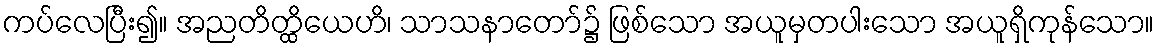
ကပ်လေပြီး၍။ အညတိတ္ထိယေဟိ၊ သာသနာတော်၌ ဖြစ်သော အယူမှတပါးသော အယူရှိကုန်သော။